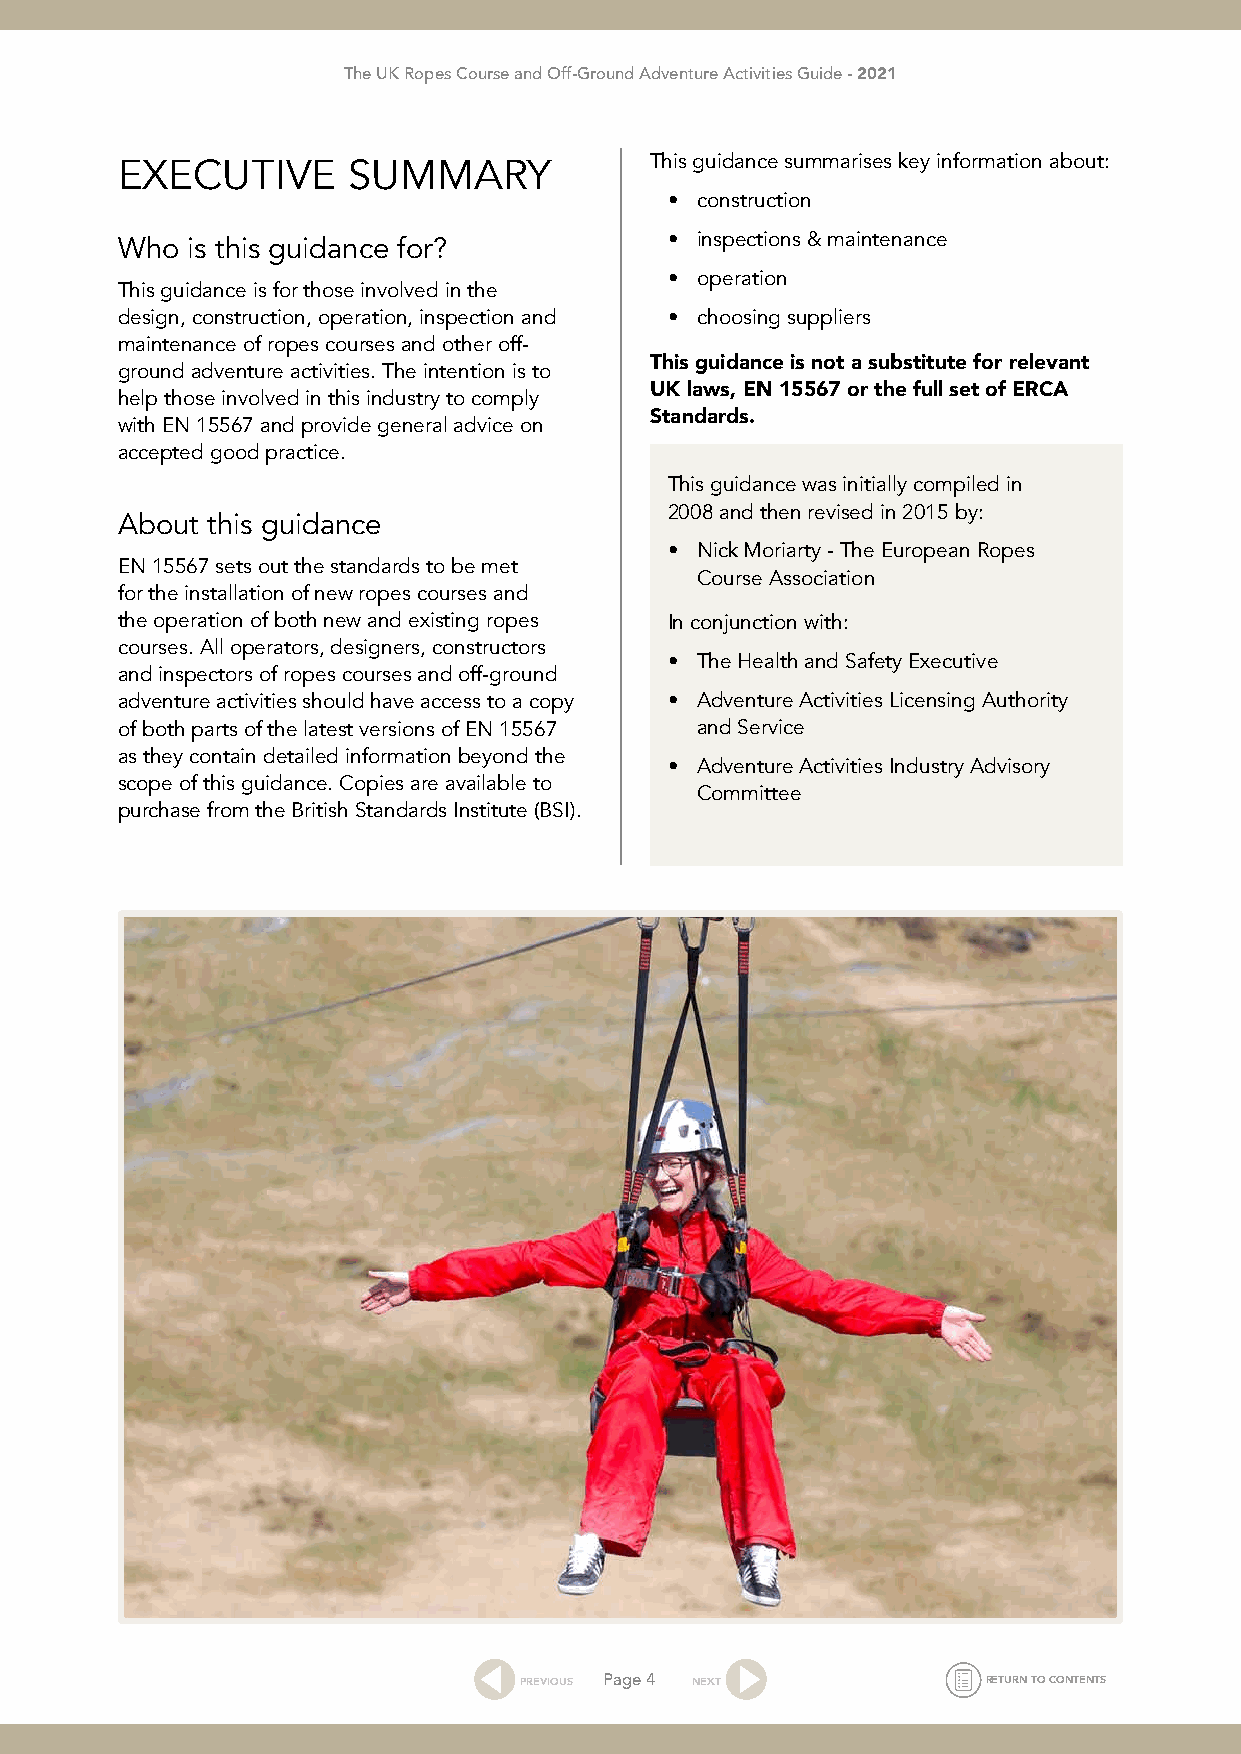
The UK Ropes Course and Off-Ground Adventure Activities Guide - 2021
 EXECUTIVE      SUMMARY             This guidance summarises key information about:
 • construction
 Who is this guidance for?           • inspections & maintenance
 • operation
 This guidance is for those involved in the
 design, construction, operation, inspection and • choosing suppliers
 maintenance of ropes courses and other off-
 ground adventure activities. The intention is to This guidance is not a substitute for relevant
 help those involved in this industry to comply UK laws, EN 15567 or the full set of ERCA
 with EN 15567 and provide general advice on Standards.
 accepted good practice.
 This guidance was initially compiled in
 2008 and then revised in 2015 by:
 About this guidance
 • Nick Moriarty - The European Ropes
 EN 15567 sets out the standards to be met
 Course Association
 for the installation of new ropes courses and
 the operation of both new and existing ropes In conjunction with:
 courses. All operators, designers, constructors
 • The Health and Safety Executive
 and inspectors of ropes courses and off-ground
 adventure activities should have access to a copy • Adventure Activities Licensing Authority
 of both parts of the latest versions of EN 15567 and Service
 as they contain detailed information beyond the
 • Adventure Activities Industry Advisory
 scope of this guidance. Copies are available to
 Committee
 purchase from the British Standards Institute (BSI).
 PREVIOUS Page 4 NEXT           RETURN TO CONTENTS